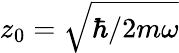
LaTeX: z_{0}=\sqrt{\hbar/2m\omega}